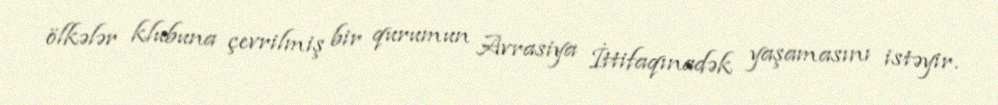
ölkələr klubuna çevrilmiş bir qurumun Avrasiya İttifaqınadək yaşamasını istəyir.